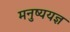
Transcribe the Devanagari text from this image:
मनुष्ययज्ञ